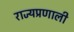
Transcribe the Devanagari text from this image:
राज्यप्रणाली